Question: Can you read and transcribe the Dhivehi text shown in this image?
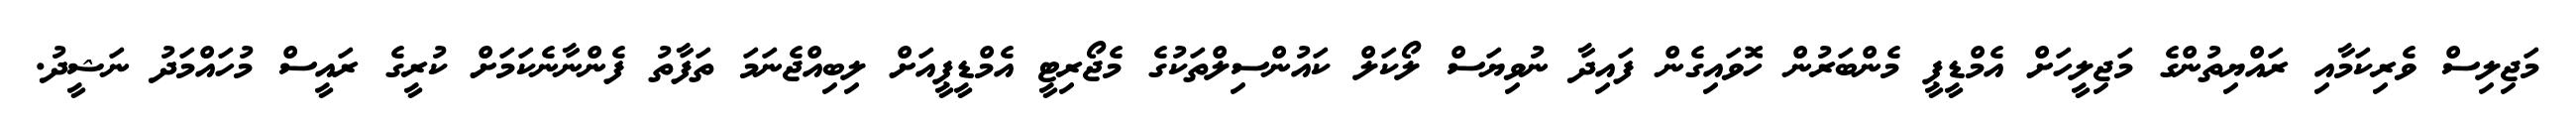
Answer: މަޖިލިސް ވެރިކަމާއި ރައްޔިތުންގެ މަޖިލީހަށް އެމްޑީޕީ މެންބަރުން ހޮވައިގެން ފައިދާ ނުވިޔަސް ލޯކަލް ކައުންސިލްތަކުގެ މެޖޯރިޓީ އެމްޑީޕީއަށް ލިބިއްޖެނަމަ ތަފާތު ފެންނާނެކަމަށް ކުރީގެ ރައީސް މުހައްމަދު ނަޝީދު.